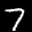
Label: 7